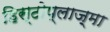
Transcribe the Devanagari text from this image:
हिस्टोप्लाज़्मा